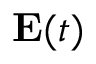
\mathbf E ( t )